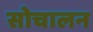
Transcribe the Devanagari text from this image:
सोचालन